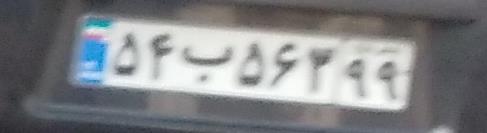
۵۴ب۵۶۳۹۹